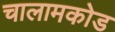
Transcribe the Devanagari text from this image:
चालामकोड